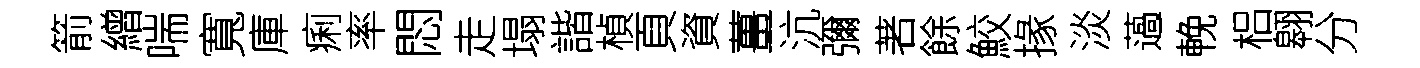
箭繒喘寬庫痢率悶走塌諧楨頁資薑沆彌著餘鮫掾淡薖輓梠翱分